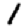
Digit: 1